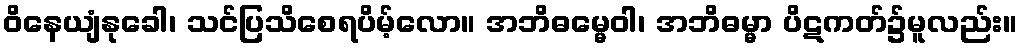
ဝိနေယျံနုခေါ၊ သင်ပြသိစေရပိမ့်လော။ အဘိဓမ္မေဝါ၊ အဘိဓမ္မာ ပိဋကတ်၌မူလည်း။